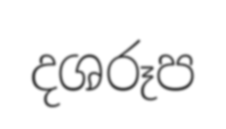
දශරූප